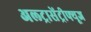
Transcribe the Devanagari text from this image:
अल्ट्रासेंट्रीफ्यूज